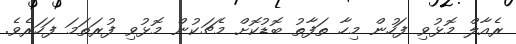
ރެއާލް މޮޅުވި ފަހުން މިހާ ތަފާތު ބޮޑުކޮށް މެޗަކުން މޮޅުވި ފުރަތަމަ ފަހަރެވެ.